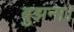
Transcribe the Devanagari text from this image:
बुझना।